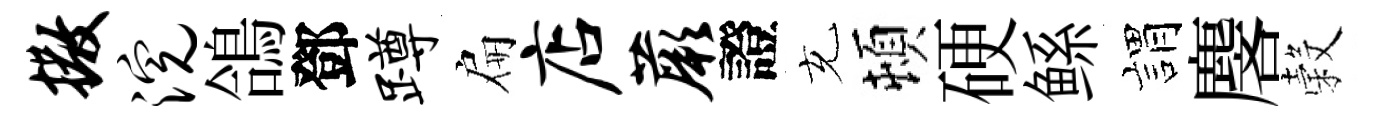
撒浣鴿鄧蹲扁店蕨證充頓硬鲧娟麐穀